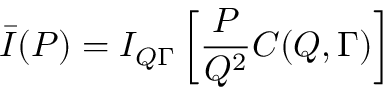
\bar { I } ( P ) = I _ { Q \Gamma } \left[ \frac { P } { Q ^ { 2 } } C ( Q , \Gamma ) \right]